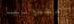
مقدونيا